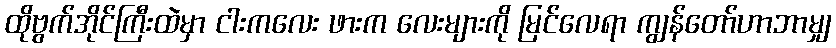
ထိုဗွက်အိုင်ကြီးထဲမှာ ငါးကလေး ဖားက လေးများကို မြင်လေရာ ကျွန်တော်ဟာဘာမျှ